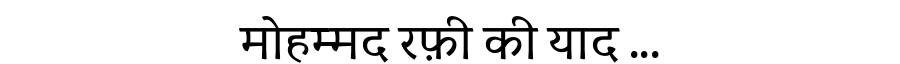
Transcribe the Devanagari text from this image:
मोहम्मद रफ़ी की याद ...